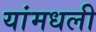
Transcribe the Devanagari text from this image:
यांमधली